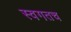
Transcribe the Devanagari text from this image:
स्वगतच